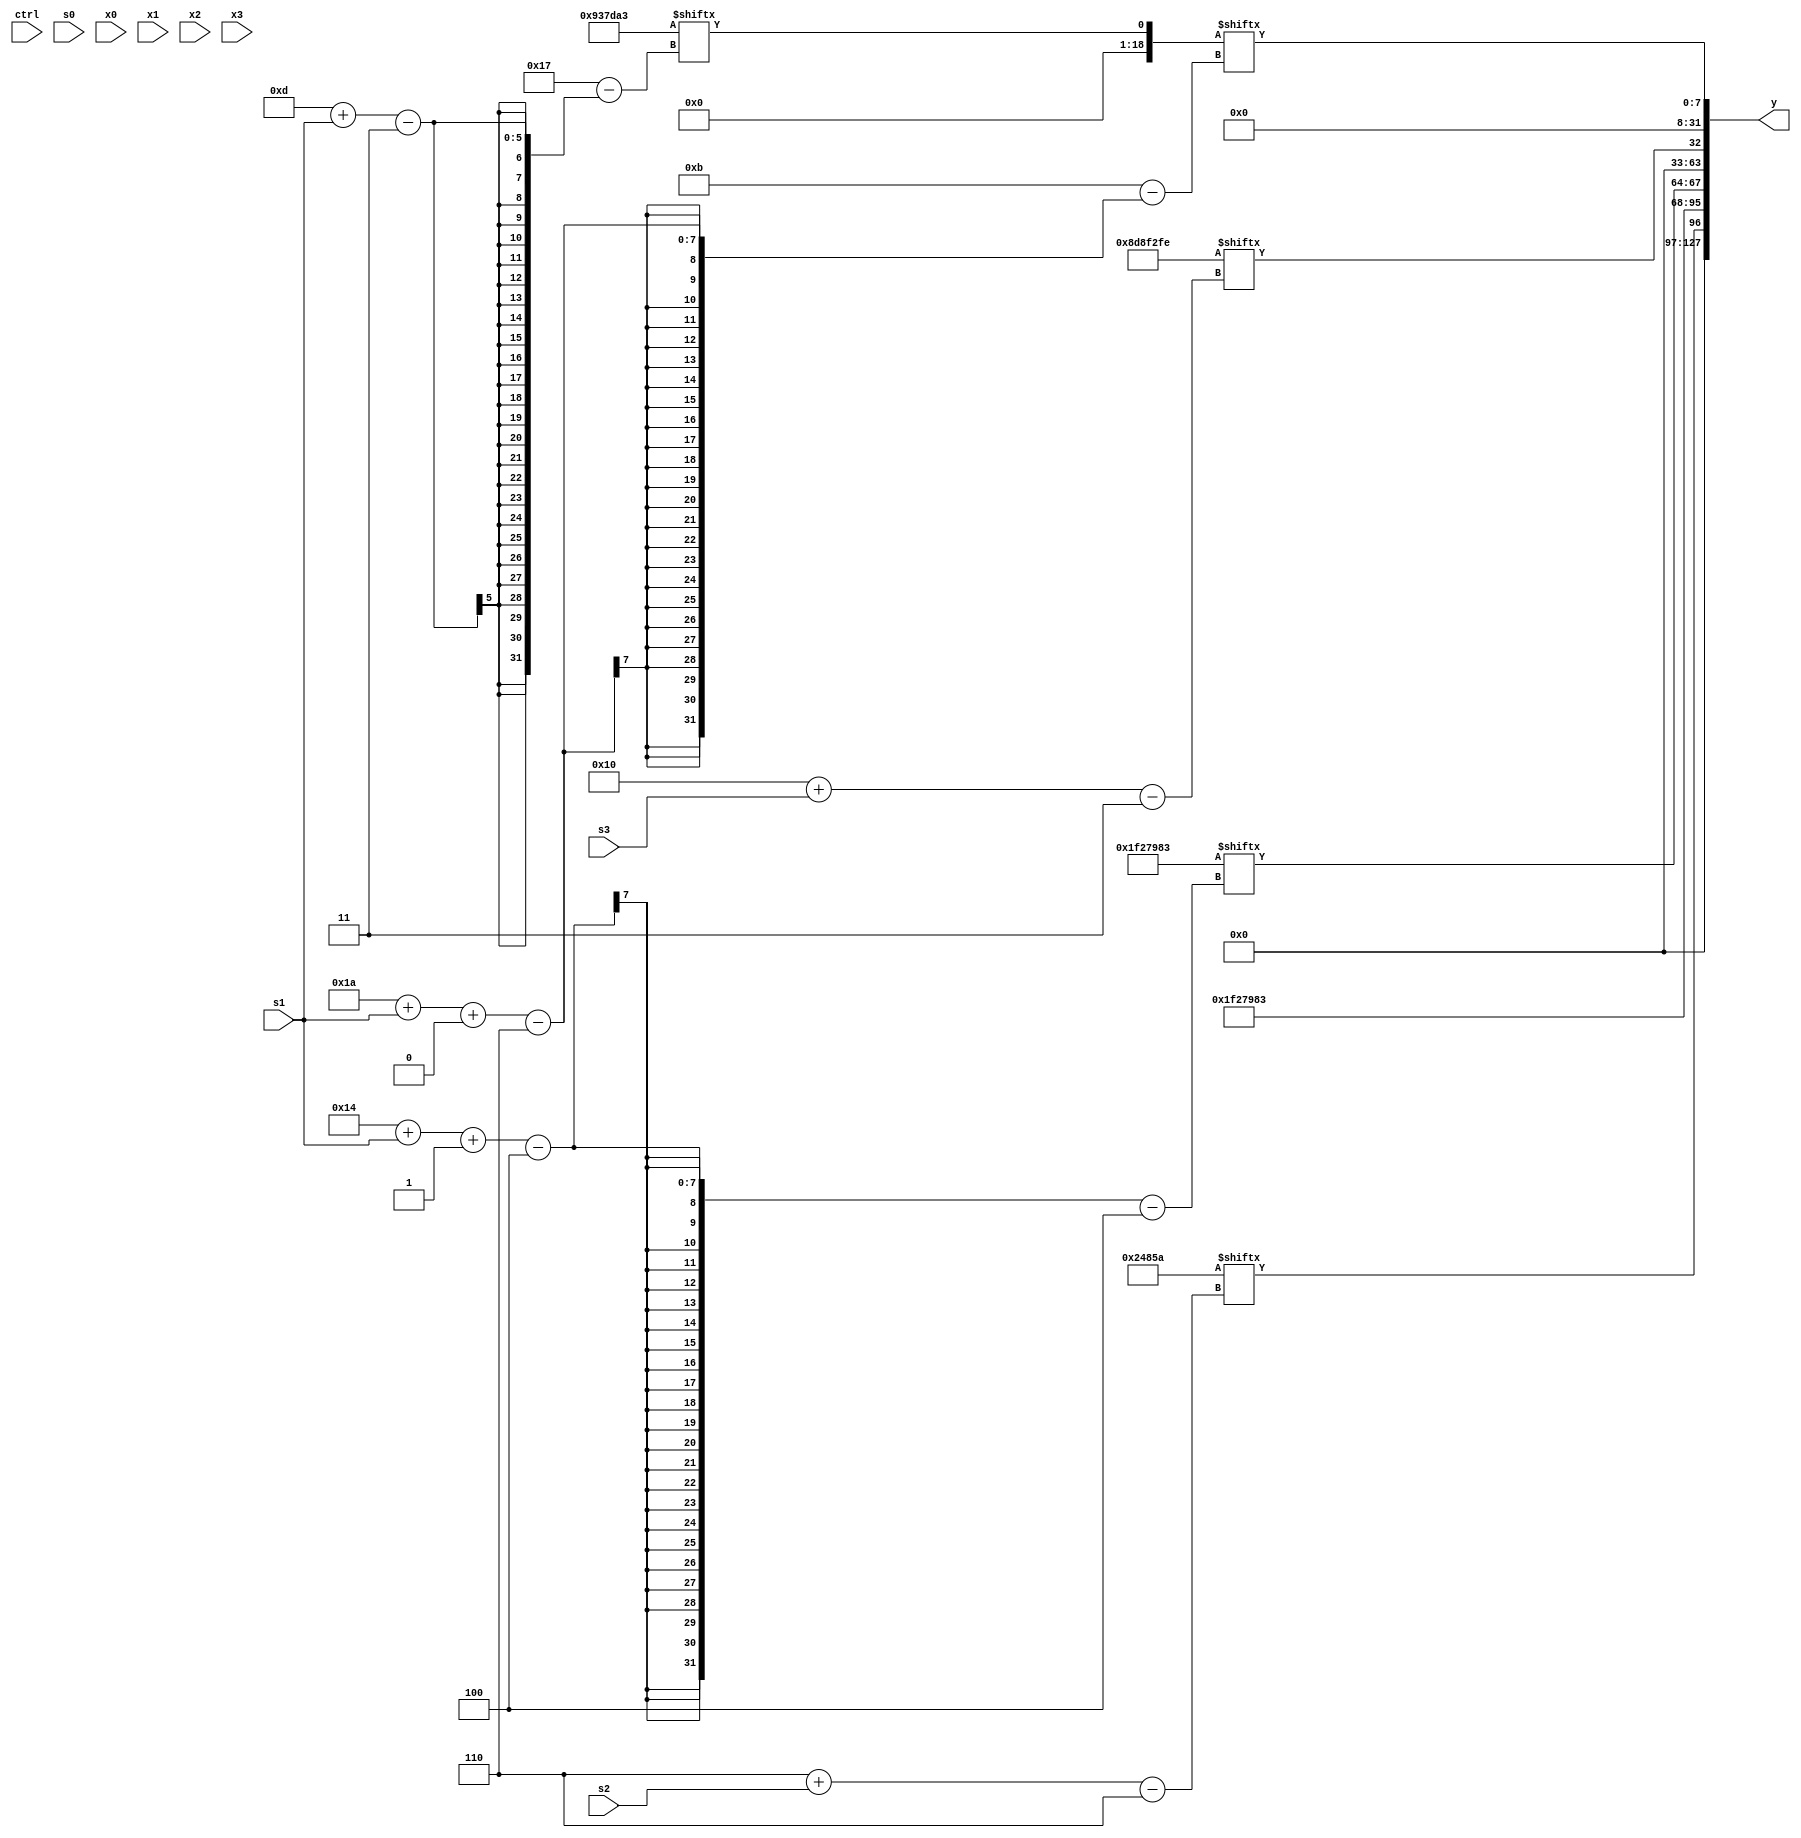
module partsel_00916(ctrl, s0, s1, s2, s3, x0, x1, x2, x3, y);
  input [3:0] ctrl;
  input [2:0] s0;
  input [2:0] s1;
  input [2:0] s2;
  input [2:0] s3;
  input signed [31:0] x0;
  input [31:0] x1;
  input signed [31:0] x2;
  input [31:0] x3;
  wire [5:30] x4;
  wire [29:7] x5;
  wire [2:25] x6;
  wire [6:24] x7;
  wire signed [29:4] x8;
  wire signed [25:5] x9;
  wire signed [2:25] x10;
  wire [28:0] x11;
  wire signed [28:0] x12;
  wire signed [31:6] x13;
  wire [26:3] x14;
  wire signed [30:2] x15;
  output [127:0] y;
  wire signed [31:0] y0;
  wire [31:0] y1;
  wire signed [31:0] y2;
  wire [31:0] y3;
  assign y = {y0,y1,y2,y3};
  localparam signed [24:6] p0 = 976898138;
  localparam signed [30:3] p1 = 148435710;
  localparam signed [28:4] p2 = 368212355;
  localparam signed [3:26] p3 = 563314083;
  assign x4 = {{(((p1[5 + s0 +: 2] ^ x3[16]) ^ {x0, x3}) + (x1 - (!ctrl[3] || !ctrl[1] || !ctrl[3] ? p3[8 + s0] : x0[5 + s2]))), x2[8 +: 3]}, {2{(ctrl[0] && ctrl[1] && !ctrl[0] ? p1[12] : {(p1[8 + s0 -: 3] & p3[14 -: 1]), (x1[25 + s2 -: 2] ^ p1[8 +: 1])})}}};
  assign x5 = (!ctrl[1] || ctrl[0] && !ctrl[0] ? (!ctrl[2] || !ctrl[3] || ctrl[3] ? (!ctrl[3] && !ctrl[1] || !ctrl[0] ? (p1 ^ x2[21 + s2 +: 5]) : x2[9 +: 4]) : p0[13]) : p0[20]);
  assign x6 = ((!ctrl[1] && ctrl[2] && ctrl[0] ? ((((x5[16 -: 4] ^ (x1[23] | x0[12 +: 1])) | x5) ^ (x1[17 +: 1] - x5[13 +: 1])) ^ x0) : {p0[30 + s1 -: 2], (p1[13 +: 2] + (p3 & (p0 + p2)))}) + {2{({2{(!ctrl[2] && !ctrl[0] || !ctrl[3] ? x4[22] : x4[11 +: 3])}} + x5[23])}});
  assign x7 = p3[13 + s1];
  assign x8 = (!ctrl[3] && ctrl[0] && !ctrl[3] ? p1[19 -: 4] : p0[17 + s2]);
  assign x9 = {2{x6}};
  assign x10 = (p0[15 + s0 -: 7] - {2{((((((x0[15 + s3] + p2[11 +: 1]) - p2[13 +: 2]) | p3[9 +: 2]) + x1) | {2{p0[15 +: 3]}}) & ((ctrl[0] || ctrl[1] || ctrl[0] ? ((p1[22 + s3 -: 8] | p3[12 +: 4]) & (p2 ^ p2[12 +: 3])) : x3) ^ (x0[10 + s1] + p1[13 + s0 -: 2])))}});
  assign x11 = ({(!ctrl[2] || !ctrl[0] && ctrl[1] ? (!ctrl[1] || !ctrl[0] || ctrl[2] ? (x9[8] | x6[21 + s0 -: 6]) : (p0[15 +: 4] & (p3[14 + s2] & x8[9 +: 2]))) : {2{{2{p2[15 + s3 +: 1]}}}}), x8[18 + s2 +: 3]} + p1[7 + s3 +: 8]);
  assign x12 = x3[8 + s2 +: 5];
  assign x13 = {p0[31 + s2 +: 3], p3};
  assign x14 = (ctrl[3] && !ctrl[1] && ctrl[3] ? ({p3[20 -: 3], ((x9[22 -: 2] ^ p3) | ((p0 + x0[12 + s1 +: 4]) - x11[15 -: 1]))} ^ {2{((p1[12 + s0] - x8) & {p1[26 + s1 -: 4], p2[9]})}}) : ((ctrl[3] && ctrl[1] || !ctrl[3] ? {p3, x0[0 + s3 +: 8]} : x2[13 + s1]) - {2{(p1[4 + s2 +: 8] ^ {2{x10[18 + s2]}})}}));
  assign x15 = ((ctrl[2] && ctrl[3] || ctrl[0] ? ((!ctrl[1] && ctrl[0] || !ctrl[1] ? p1[11 + s0 +: 3] : ((((p0[29 + s0 -: 5] ^ (x13[14] & p1[4 + s2])) | p1) | x1) ^ x3[10 +: 4])) + p1[9 + s1 +: 2]) : (p1[13 +: 1] | {2{{x8[10 + s1], x2[14 + s1 -: 6]}}})) + {x7[23 + s3 -: 1], x10[22]});
  assign y0 = p0[6 + s2];
  assign y1 = {p2, p2[20 + s1 -: 4]};
  assign y2 = p1[16 + s3];
  assign y3 = x7[26 + s1 +: 8];
endmodule